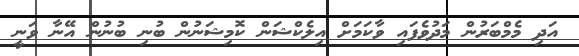
އަދި މެމްބަރުން މަދުވެފައި ވާކަމަށް އިލެކްޝަން ކޮމިޝަނުން ބުނި ބުނުން އޭނާ ވަނީ